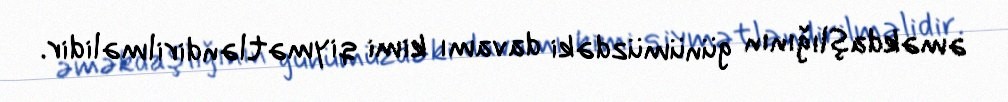
əməkdaşlığının günümüzdəki davamı kimi qiymətləndirilməlidir.